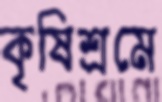
কৃষিশ্রমে